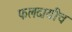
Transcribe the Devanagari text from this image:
फलदायीच